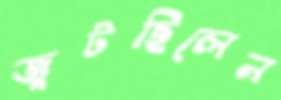
জুটছিলেন